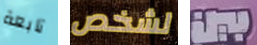
تابعة لشخص بين